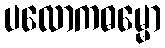
ပလောကဓမ္မော